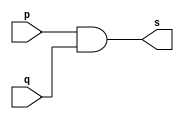
// -------------------
// Exemplo0003 - AND
// Nome: Pedro Tronbin
// -------------------

// ------------------- 


// -------------------
// -- and gate
// -------------------
 
module andgate(output s, input p, input q);
 assign s = p & q; // criar vinculo permanente
               // (dependencia)
					
endmodule // andgate


// -------------------
// -- test andgate
// ------------------- 
module testandgate;
// ------------------- dados locais

      reg a, b;  // definir registrador
		           // (variavel independente)
		wire s;    // definir conexao (fio)
		           // (variavel dependente)
// ------------------- instancia
      andgate AND1(s, a, b);
// ------------------- preparacao
      initial begin: start
		
		  a = 0; b = 0;
		
		end
// ------------------- parte principal		
      initial begin:main
		        // execucao unitaria
			$display("Exemplo 0003 - xxx yyy zzz - 999999");
			$display("Test AND gate:");
			$display("\na & b= s\n");
			a = 0; b = 0;
			#1 $display("%b & %b = %b", a, b, s);
			a = 0; b = 1;
			#1 $display("%b & %b = %b", a, b, s);
			a = 1; b = 0;
			#1 $display("%b & %b = %b", a, b, s);
			a = 1; b = 1;
			#1 $display("%b & %b = %b", a, b, s);
			end
			
			endmodule // testandgate     	
			
			// ------------SAIDA
			
			// Exemplo 0003 - xxx yyy zzz - 999999
         // Test AND gate:
    
         //        a & b= s
    
         //        0 & 0= 0
         //        0 & 1= 0
    		//        1 & 0= 0
   		//        1 & 1= 1